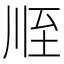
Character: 𦤸